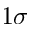
1 \sigma